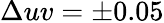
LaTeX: \Delta uv=\pm 0.05